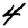
Digit: 4